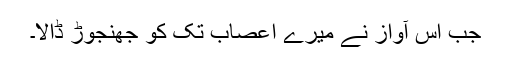
جب اس آواز نے میرے اعصاب تک کو جھنجوڑ ڈالا۔